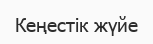
Кеңестік жүйе